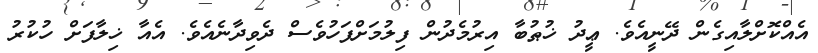
އެއްކޮށްލާއިގެން ދޭނީއެވެ. ޢީދު ޚުޠުބާ އިރުމެދުން ފިލުމަށްފަހުވެސް ދެވިދާނެއެވެ. އެއާ ޚިލާފަށް ހުކުރު